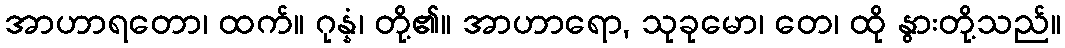
အာဟာရတော၊ ထက်။ ဂုန္နံ၊ တို့၏။ အာဟာရော, သုခုမော၊ တေ၊ ထို နွားတို့သည်။